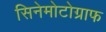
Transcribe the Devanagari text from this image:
सिनेमोटोग्राफ